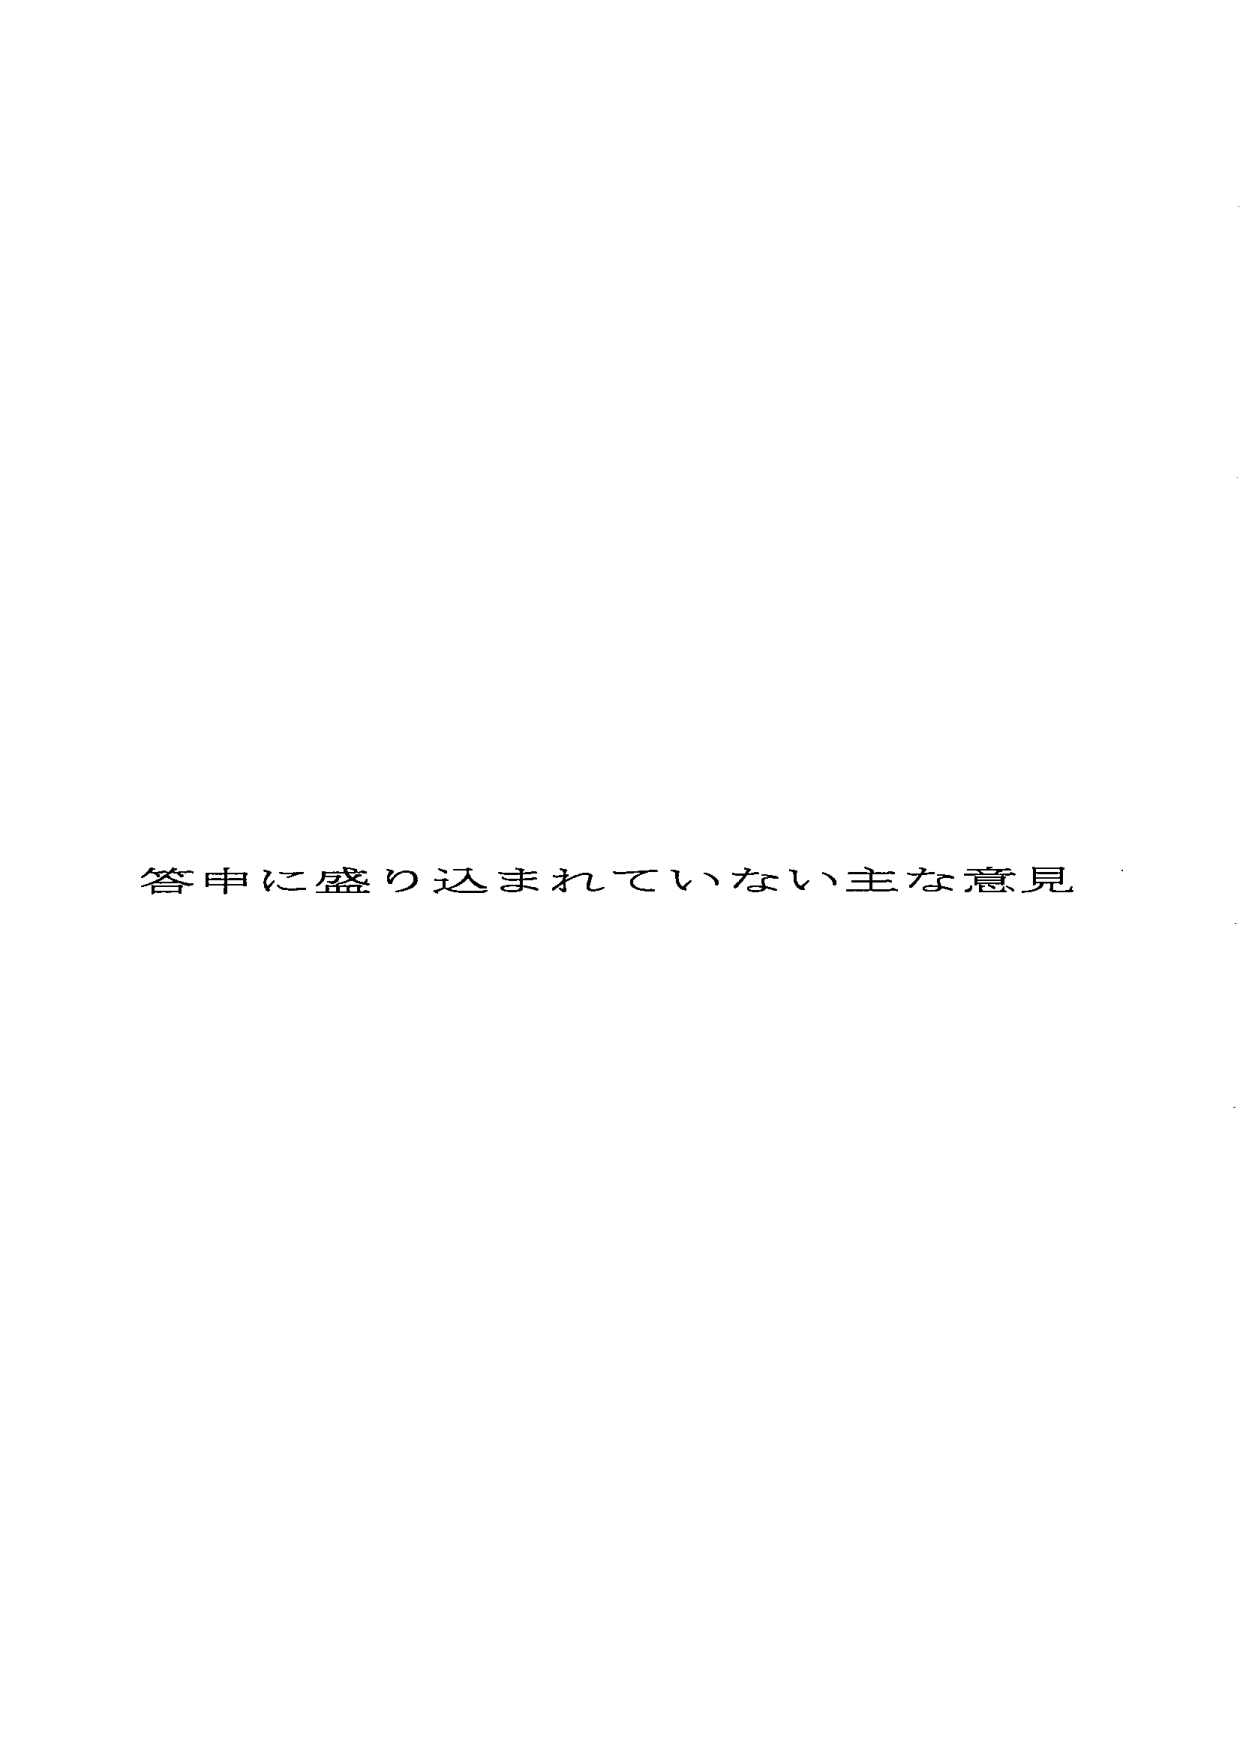
答申に盛り込まれていない主な意見